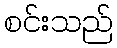
စင်းသည်